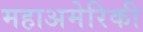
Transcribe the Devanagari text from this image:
महाअमेरिकी